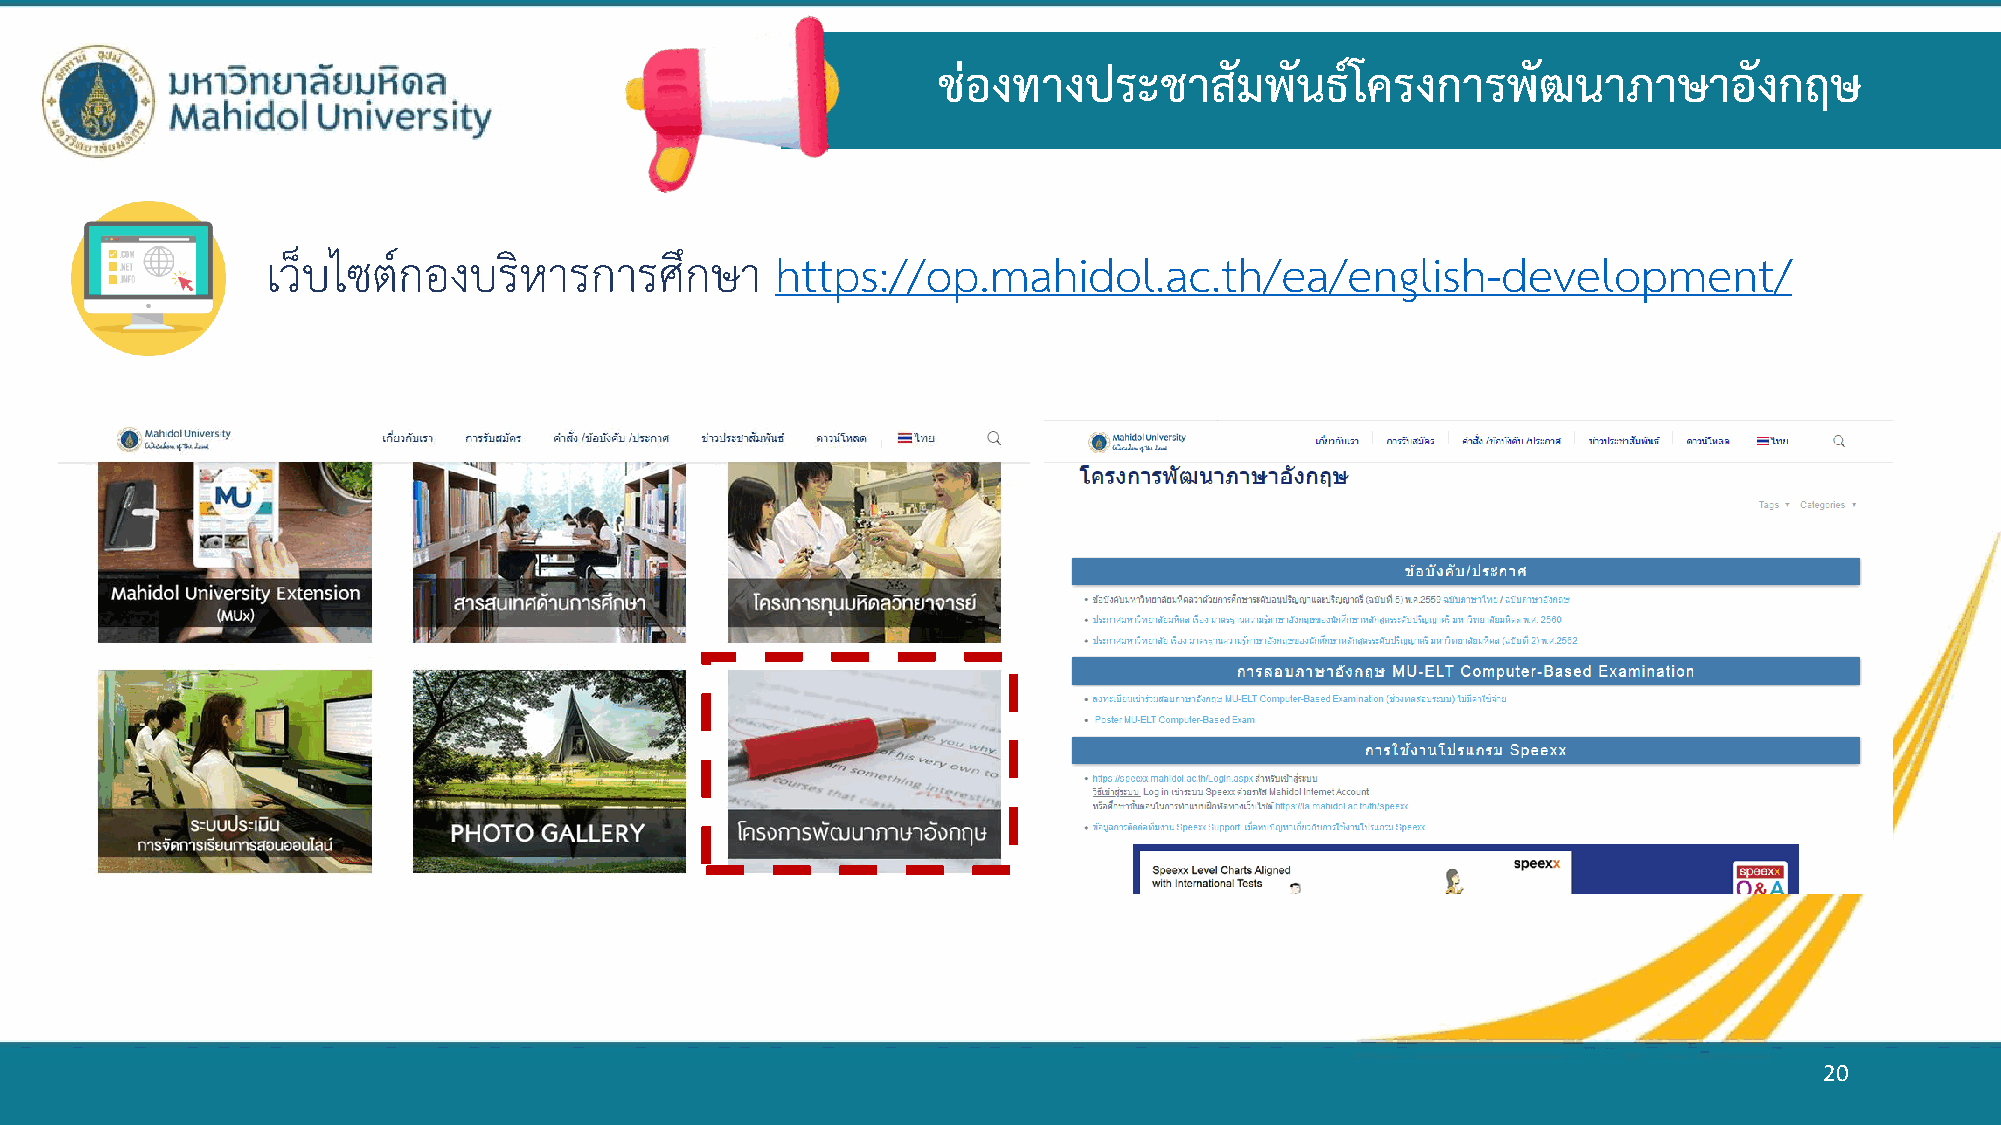
ช่องทางประชาสมั       พันธ์โครงการพฒั     นาภาษาอังกฤษ
 เว็บไซต์กองบริหารการศึกษา        https://op.mahidol.ac.th/ea/english-development/
 20